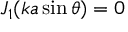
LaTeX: J _ { 1 } ( k a \sin \theta ) = 0